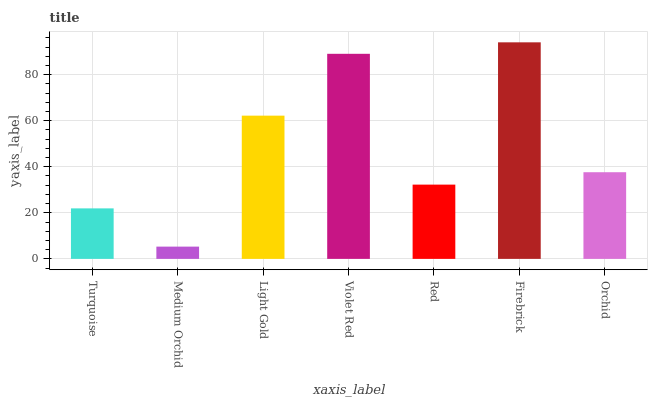
| xaxis_label | bars |
 | --- | --- |
 | Turquoise | 21.9 |
 | Medium Orchid | 5.33 |
 | Light Gold | 62.2 |
 | Violet Red | 89.1 |
 | Red | 32.3 |
 | Firebrick | 94 |
 | Orchid | 37.6 |